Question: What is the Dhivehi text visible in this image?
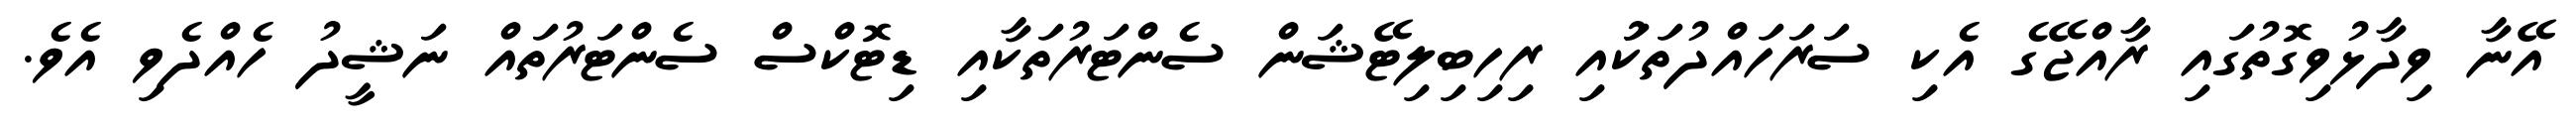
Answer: އޭނާ ވިދާޅުވިގޮތުގައި ރާއްޖޭގެ އެކި ސަރަހައްދުތަކުައި ރިހިބިލިޓޭޝަން ސެންޓަރުތަކާއި ޑިޓޮކްސް ސެންޓަރުތައް ނަޝީދު ހެއްދެވި އެވެ.